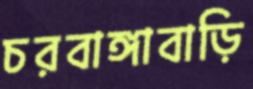
চরবাঙ্গাবাড়ি